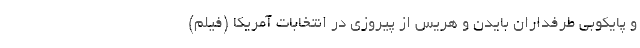
و پایکوبی طرفداران بایدن و هریس از پیروزی در انتخابات آمریکا (فیلم)